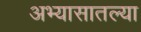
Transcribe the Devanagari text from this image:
अभ्यासातल्या